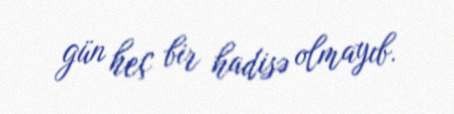
gün heç bir hadisə olmayıb.